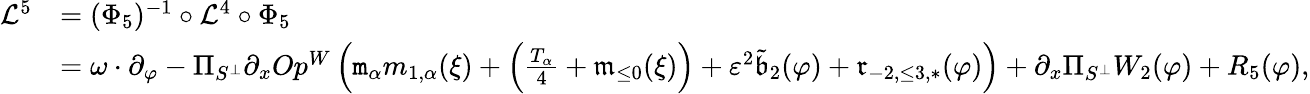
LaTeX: \begin{array}{rl}{\mathcal{L}^{5}}&{=(\Phi_{5})^{-1}\circ\mathcal{L}^{4}\circ\Phi_{5}}\\ &{=\omega\cdot\partial_{\varphi}-\Pi_{S^{\perp}}\partial_{x}Op^{W}\left(\mathtt{m}_{\alpha}m_{1,\alpha}(\xi)+\left(\frac{T_{\alpha}}4+\mathfrak{m}_{\le 0}(\xi)\right)+\varepsilon^{2}\tilde{\mathfrak{b}}_{2}(\varphi)+{\mathfrak{r}}_{-2,\le 3,*}(\varphi)\right)+\partial_{x}\Pi_{S^{\perp}}W_{2}(\varphi)+R_{5}(\varphi),}\end{array}